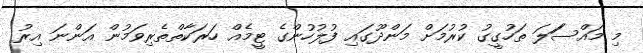
މި މައްސަަލަ ތަހުގީގު ކުރުމަށް މަންދޫގައި ފުލުހުންގެ ޓީމެއް ހަރަކާތްތެރިވަމުން އަންނަ އިރު